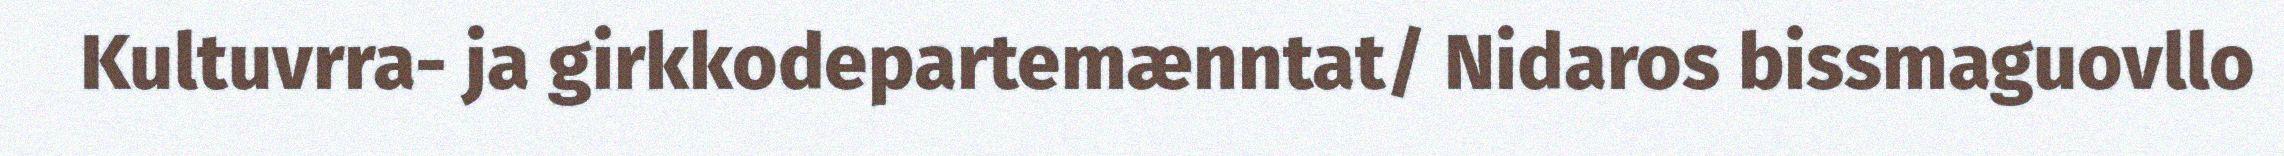
Kultuvrra- ja girkkodepartemænntat/ Nidaros bissmaguovllo